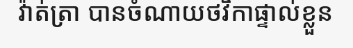
វ៉ាត់ត្រា បានចំណាយថវិកាផ្ទាល់ខ្លួន